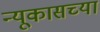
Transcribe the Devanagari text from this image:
न्यूकासच्या